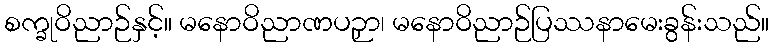
စက္ခုဝိညာဉ်နှင့်။ မနောဝိညာဏပဉှာ၊ မနောဝိညာဉ်ပြဿနာမေးခွန်းသည်။